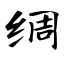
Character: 绸